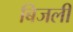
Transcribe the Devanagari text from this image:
बिजली